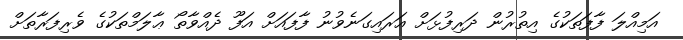
އަމިއްލަ ފާފަތަކުގެ އިތުރުން ދަރިފުޅަށް އަރައިގަނެވުނު ފާފައަށް އަފޫ ދެއްވާތޯ ޢާލަމްތަކުގެ ވެރިފަރާތަށް